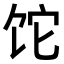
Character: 𬲱